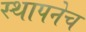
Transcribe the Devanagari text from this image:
स्थापनेच